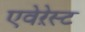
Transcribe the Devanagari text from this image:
एवेऱेस्ट